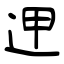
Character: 𨒇